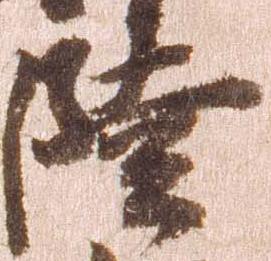
陸